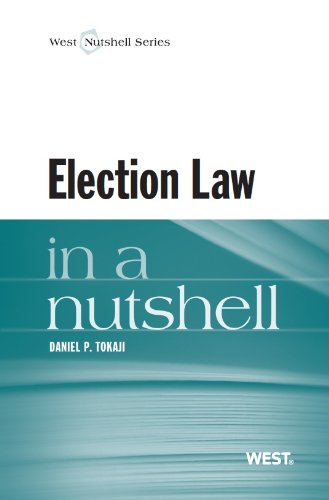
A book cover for Election Law in a Nutshell; Daniel Tokaji; Law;